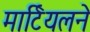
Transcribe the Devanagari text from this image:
मार्टियलने